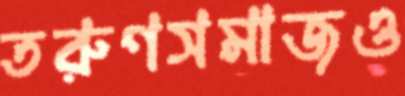
তরুণসমাজও